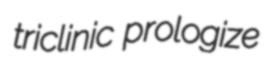
triclinic prologize